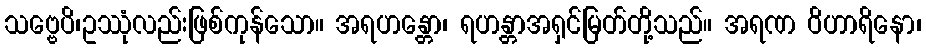
သဗ္ဗေပိ၊ဥဿုံလည်းဖြစ်ကုန်သော။ အရဟန္တော၊ ရဟန္တာအရှင်မြတ်တို့သည်။ အရဏ ဝိဟာရိနော၊